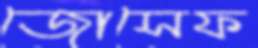
জোসেফ